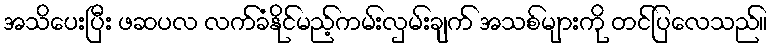
အသိပေးပြီး ဖဆပလ လက်ခံနိုင်မည့်ကမ်းလှမ်းချက် အသစ်များကို တင်ပြလေသည်။